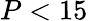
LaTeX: P<15